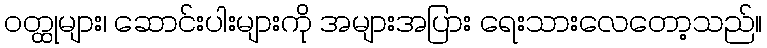
ဝတ္ထုများ၊ ဆောင်းပါးများကို အများအပြား ရေးသားလေတော့သည်။